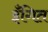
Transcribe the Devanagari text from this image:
इँगित